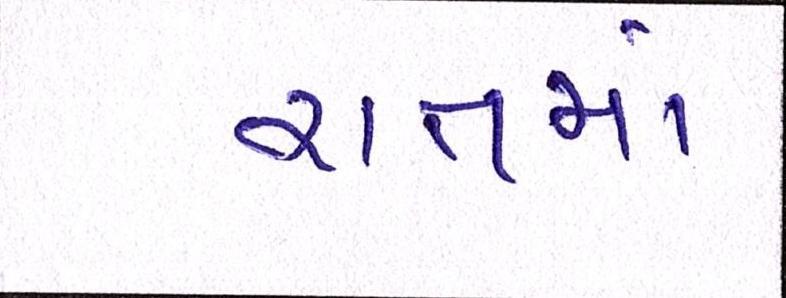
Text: રાતમાં